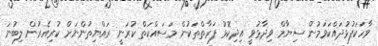
ވާހަކަފުޅުދައްކަވަމުން ސިޔާމް ވިދާޅުވީ އިދިކޮޅު ފަރާތްތަކުން މަސައްކަތް ކުރަނީ ރައްޔިތުންނަށް ކުރިއެރުން ލިބުނަ